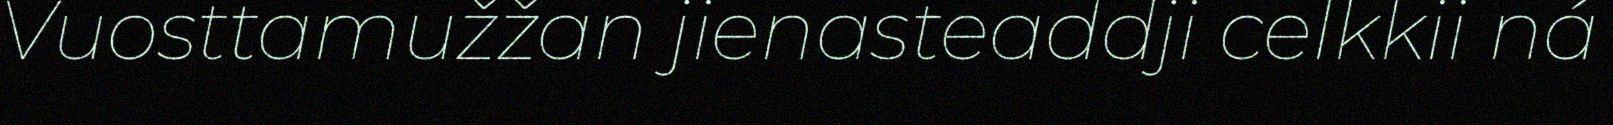
Vuosttamužžan jienasteaddji celkkii ná